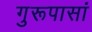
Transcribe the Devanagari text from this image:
गुरूपासां